Report on vaccination in Madras 1922-1929 - 1922-1929
Year: 1922
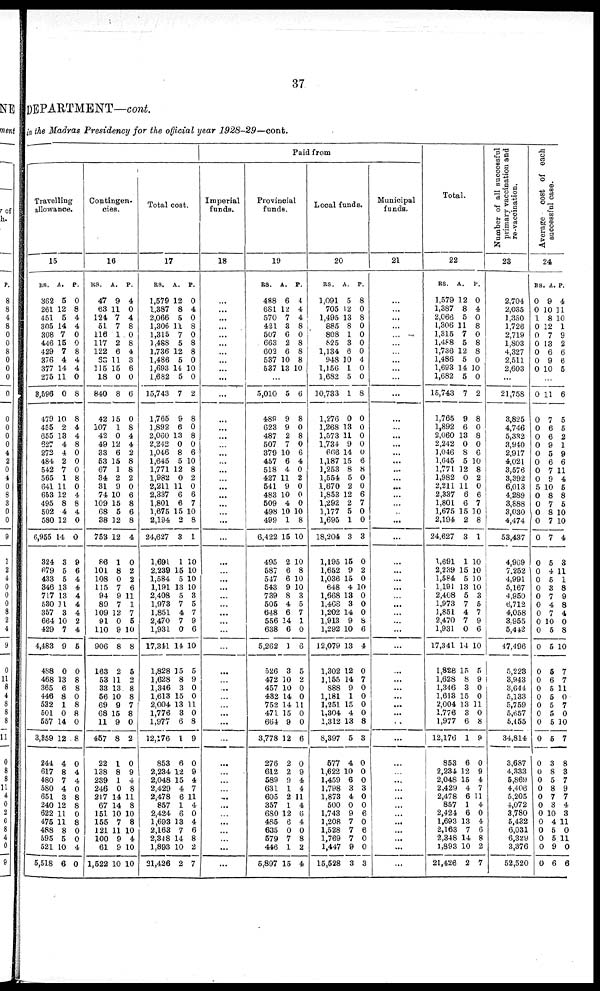
37
DEPARTMENT—cont.
in the Madras Presidency for the official year 1928-29—cont.
Travelling
allowance.
15
RS.
362
261
451
305
308
446
429
376
377
275
3,596
479
455
655
627
272
484
542
565
641
653
495
502
580
6,955
324
679
433
346
717
530
357
664
429
4,483
488
468
365
446
532
501
557
3,359
244
617
480
580
651
240
622
475
488
595
521
5,518
A.
5
12
5
14
7
15
7
4
14
11
0
10
2
13
4
4
2
7
1
11
12
8
4
12
14
3
5
5
13
13
11
3
10
7
9
0
13
6
8
1
0
14
12
4
8
7
4
3
12
11
11
8
5
10
6
P.
0
8
4
4
0
0
8
4
4
0
8
8
4
4
8
0
0
0
8
0
4
8
4
0
0
9
6
4
4
4
4
4
2
4
5
0
8
8
0
8
8
0
8
0
4
4
0
8
8
0
8
0
0
4
0
Contingen-
cies.
16
RS.
47
63
124
51
116
117
122
63
115
18
840
42
107
42
49
33
53
67
34
31
74
109
68
38
753
86
101
108
115
94
89
109
91
110
906
163
53
33
66
69
68
11
457
22
138
239
246
217
67
151
155
121
100
61
1,522
A.
9
11
7
7
1
2
6
11
15
0
8
15
1
0
12
6
15
1
2
9
10
15
5
12
12
1
8
0
7
9
7
12
0
9
8
2
11
13
10
9
15
9
8
1
8
1
0
14
14
10
7
11
9
9
10
P.
4
0
4
8
0
8
4
3
6
0
6
0
8
4
4
2
8
8
2
0
6
8
6
8
4
0
2
2
6
11
1
7
5
10
8
5
2
8
8
7
8
0
2
0
9
4
8
11
8
10
8
10
4
10
10
Total cost.
17
RS.
1,579
1,387
2,066
1,306
1,315
1,488
1,736
1,486
1,693
1,682
15,743
1,765
1,892
2,060
2,242
1,046
1,645
1,771
1,982
2,211
2,337
1,801
1,675
2,194
24,627
1,691
2,239
1,584
1,191
2,408
1,973
1,851
2,470
1,931
17,341
1,828
1,628
1,346
1,613
2,004
1,776
1,977
12,176
853
2,234
2,048
2,429
2,478
857
2,424
1,693
2,163
2,348
1,893
21,426
A.
12
8
5
11
7
5
12
5
14
5
7
9
6
13
0
8
5
12
0
11
6
6
15
2
3
1
15
5
13
5
7
4
7
0
14
15
8
3
15
13
3
6
1
6
12
15
4
6
1
6
13
7
14
10
2
P.
0
4
0
8
0
8
8
0
10
0
2
8
0
8
0
6
10
8
2
0
6
7
10
8
1
10
10
10
10
3
5
7
9
6
10
5
9
0
0
11
0
8
9
0
9
4
7
11
4
0
4
6
8
2
7
Paid from
Imperial
funds.
18
...
...
...
...
...
...
...
...
...
...
...
...
...
...
...
...
...
...
...
...
...
...
...
...
...
...
...
...
...
...
...
...
...
...
...
...
...
...
...
...
...
...
...
...
...
...
...
...
...
...
...
...
...
...
...
Provincial
funds.
19
RS.
488
681
570
421
507
663
602
537
537
A.
6
12
7
3
6
2
6
10
13
P.
4
4
4
8
0
8
8
8
10
...
5,010
489
623
487
507
379
457
518
427
541
483
509
498
499
6,422
495
587
547
543
739
505
648
556
638
5,262
526
472
457
432
752
471
664
3,778
276
612
589
631
605
357
680
485
635
579
446
5,897
5
9
9
2
7
10
6
4
11
9
10
4
10
1
15
2
6
6
9
8
4
6
14
6
1
3
10
10
14
14
15
9
12
2
2
9
1
2
1
12
6
0
7
1
15
6
8
0
8
0
6
4
0
2
0
0
0
10
8
10
10
8
10
10
3
5
7
1
0
6
5
2
0
0
11
0
0
6
0
9
4
4
11
4
6
4
0
8
2
4
Local funds.
20
RS.
1,091
705
1,495
885
808
825
1,134
948
1,156
1,682
10,733
1,276
1,268
1,573
1,734
666
1,187
1,253
1,554
1,670
1,853
1,292
1,177
1,695
18,204
1,195
1,652
1,036
648
1,668
1,468
1,202
1,913
1,292
12,079
1,302
1,155
888
1,181
1,251
1,304
1,312
8,397
577
1,622
1,459
1,798
1,873
500
1,743
1,208
1,528
1,769
1,447
15,528
A.
5
12
13
8
1
3
6
10
1
5
1
0
13
11
9
14
15
8
5
2
12
2
5
1
3
15
9
15
4
13
3
14
9
10
13
12
14
9
1
15
4
13
5
4
10
6
3
4
0
9
7
7
7
9
3
P.
8
0
8
0
0
0
0
4
0
0
8
0
0
0
0
0
6
8
0
0
6
7
0
0
3
0
2
0
10
0
0
0
8
6
4
0
7
0
0
0
0
8
3
0
0
0
3
0
0
6
0
6
0
0
3
Municipal
funds.
21
...
...
...
...
...
...
...
...
...
...
...
...
...
...
...
...
...
...
...
...
...
...
...
...
...
...
...
...
...
...
...
...
...
...
...
...
...
...
...
...
...
...
...
...
...
...
...
...
...
...
...
...
...
...
...
Total.
22
RS.
1,579
1,387
2,066
1,306
1,315
1,488
1,736
1,486
1,693
1,682
15,743
1,765
1,892
2,060
2,242
1,046
1,645
1,771
1,982
2,211
2,337
1,801
1,675
2,194
24,627
1,691
2,239
1,584
1,191
2,408
1,973
1,851
2,470
1,931
17,341
1,828
1,628
1,346
1,613
2,004
1,776
1,977
12,176
853
2,234
2,048
2,429
2,478
857
2,424
1,693
2,163
2,348
1,893
21,426
A.
12
8
5
11
7
5
12
5
14
5
7
9
6
13
0
8
5
12
0
11
6
6
15
2
3
1
15
5
13
5
7
4
7
0
14
15
8
3
15
13
3
6
1
6
12
15
4
6
1
6
13
7
14
10
2
P.
0
4
0
8
0
8
8
0
10
0
2
8
0
8
0
6
10
8
2
0
6
7
10
8
1
10
10
10
10
3
5
7
9
6
10
5
9
0
0
11
0
8
9
0
9
4
7
11
4
0
4
6
8
2
7
Number of all successful
primary vaccination and
re-vaccination.
23
2,704
2,035
1,330
1,726
2,719
1,803
4,327
2,511
2,603
...
21,758
3,825
4,746
5,332
3,940
2,917
4,021
3,576
3,392
6,013
4,289
3,888
3,030
4,474
53,437
4,969
7,252
4,991
5,167
4,950
6,712
4,058
3,955
5,442
47,496
5,223
3,943
3,644
5,133
5,759
5,657
5,455
34,814
3,687
4,333
5,869
4,406
5,205
4,072
3,780
5,432
6,031
6,329
3,376
52,520
Average
cost of each
successful case.
24
RS.
0
0
1
0
0
0
0
0
0
A.
9
10
8
12
7
13
6
9
10
P.
4
11
10
1
9
2
6
6
5
...
0
0
0
0
0
0
0
0
0
5
0
0
0
0
0
0
0
0
0
0
0
0
0
0
0
0
0
0
0
0
0
0
0
0
0
0
0
0
0
0
0
0
0
0
0
11
7
6
6
9
5
6
7
9
10
8
7
8
7
7
5
4
5
3
7
4
7
10
5
5
5
6
5
5
5
5
5
5
3
8
5
8
7
3
10
4
5
5
9
6
6
5
5
2
1
9
6
11
4
5
8
5
10
10
4
3
11
1
8
9
8
4
0
8
10
7
7
11
0
7
0
10
7
8
3
7
9
7
4
3
11
0
11
0
6